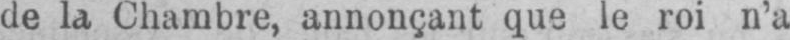
de la Chambre, annonçant que le roi n’a